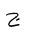
Letter: _gim